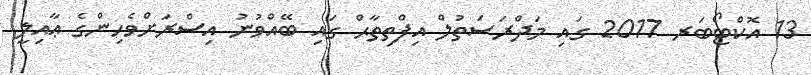
13 އޮކްޓޯބަރ 2017 ގައި މަދްރަސަތުލް އިފްތިތާޙް ގައި ބޭއްވުނު އިސްރަށްވެހިންގެ ޢާއިލީ